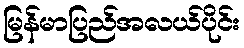
မြန်မာပြည်အလယ်ပိုင်း